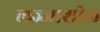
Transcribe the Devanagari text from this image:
लज्जाशील